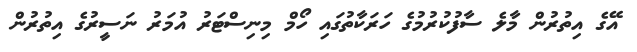
އޭގެ އިތުރުން މާލެ ސާފުކުރުމުގެ ހަރަކާތުގައި ހޯމް މިނިސްޓަރު އުމަރު ނަސީރުގެ އިތުރުން